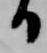
日